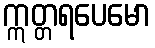
ဣတ္တရပေမော